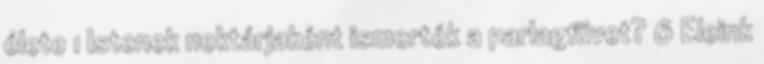
élete 1 Istenek nektárjaként ismerték a parlagfüvet? 6 Eleink